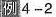
例4-2